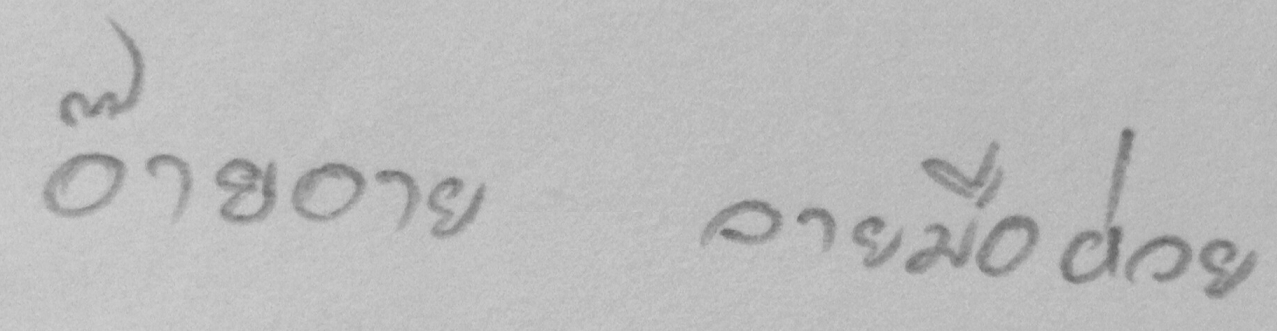
อ๊ายอาย ลายมือห่วย